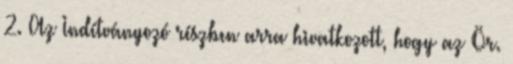
2. Az Indítványozó részben arra hivatkozott, hogy az Ör.